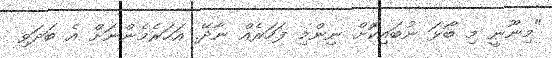
"މިނޫނީ މި ބޯޅަ ނުބައިކޮށް ނިންމި ފަހަރެއް ނާދޭ. އަހަރެމެންނަށް އެ ބަދަވި